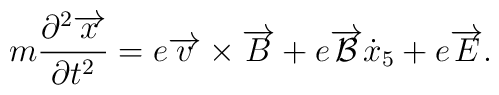
m\frac{\partial ^{2}\overrightarrow{x}}{\partial t^{2}}=e\overrightarrow{v}\times \overrightarrow{B}+e\overrightarrow{{\cal {B}}}\dot{x}_{5} +e\overrightarrow{E}.